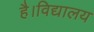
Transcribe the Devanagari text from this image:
है।विद्यालय